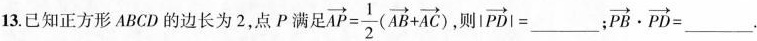
13.已知正方形ABCD的边长为2，点P满足$$\overrightarrow { A P } = \frac { 1 } { 2 } ( \overrightarrow { A B } +